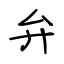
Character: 弁